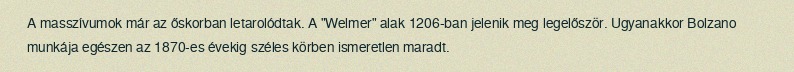
A masszívumok már az őskorban letarolódtak. A "Welmer" alak 1206-ban jelenik meg legelőször. Ugyanakkor Bolzano munkája egészen az 1870-es évekig széles körben ismeretlen maradt.